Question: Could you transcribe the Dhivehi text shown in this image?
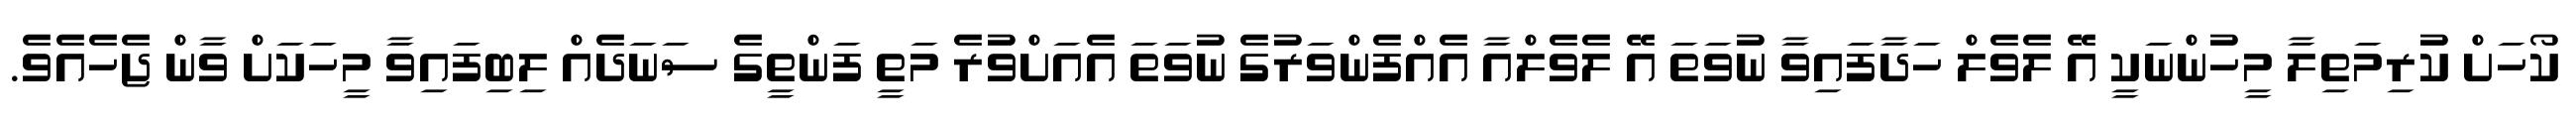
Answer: ކޯހަށް ކުރިމަތިލާ މީހުންނަކީ އޭ ލެވެލް ހަދާފައިވާ ނުވަތަ އޭ ލެވެލްއާ އެއްފެންވަރުގެ ނުވަތަ އެއަށްވުރެ މަތީ ފަންތީގެ ސަނަދެއް ލިބިފައިވާ މީހަކަށް ވާން ޖެހެއެވެ.